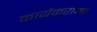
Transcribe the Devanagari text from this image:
कार्येकरांना